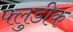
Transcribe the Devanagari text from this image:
फ्लुडीक